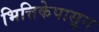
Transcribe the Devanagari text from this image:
भित्तिकेपासून